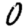
Digit: 0